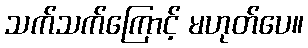
သက်သက်ကြောင့် မဟုတ်ပေ။